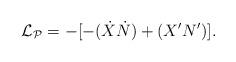
LaTeX: \begin{align*}{\cal L_P}=-[-(\dot X\dot N)+(X'N')].\end{align*}